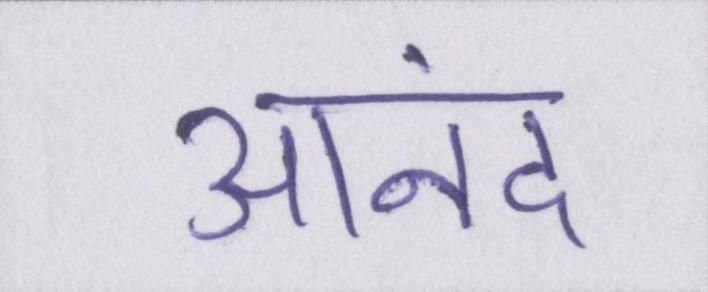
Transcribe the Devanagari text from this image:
आनंद